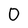
Character: 0